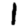
Digit: 1